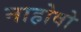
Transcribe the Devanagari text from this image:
नाहोवो